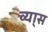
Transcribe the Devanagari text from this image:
व्या्स